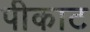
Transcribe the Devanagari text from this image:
पीकाट